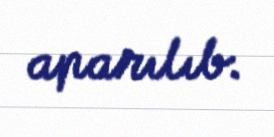
aparılıb.